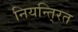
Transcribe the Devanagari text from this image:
नियन्ति्रत